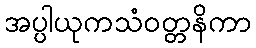
အပ္ပါယုကသံဝတ္တနိကာ